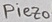
Text: Piezo